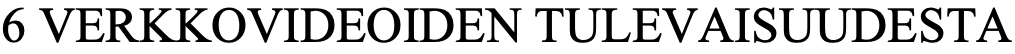
6 VERKKOVIDEOIDEN TULEVAISUUDESTA